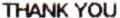
THANK YOU